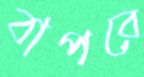
বাপরে